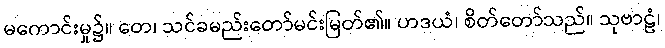
မကောင်းမှု၌။ တေ၊ သင်ခမည်းတော်မင်းမြတ်၏။ ဟဒယံ၊ စိတ်တော်သည်။ သုဗာဠံ၊